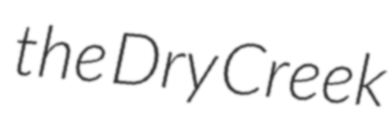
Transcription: the Dry Creek